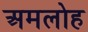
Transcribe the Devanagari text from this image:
अमलोह